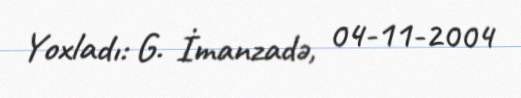
Yoxladı: G. İmanzadə, 04-11-2004